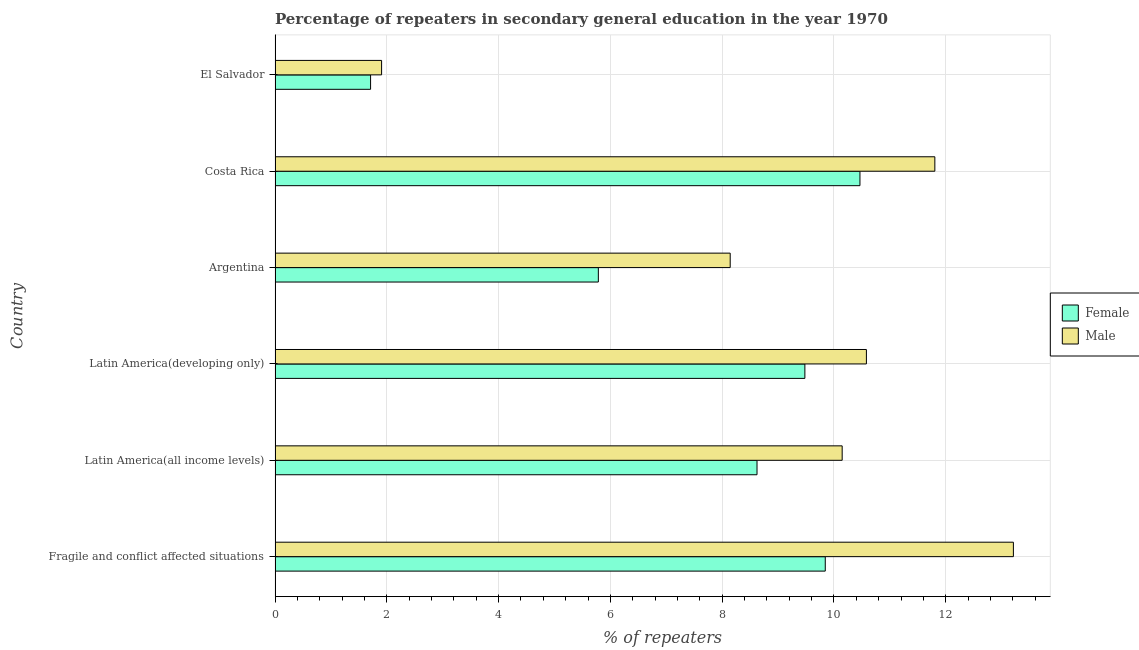
| Country | Female | Male |
 | --- | --- | --- |
 | Fragile and conflict affected situations | 9.84 | 13.2 |
 | Latin America(all income levels) | 8.62 | 10.1 |
 | Latin America(developing only) | 9.48 | 10.6 |
 | Argentina | 5.78 | 8.14 |
 | Costa Rica | 10.5 | 11.8 |
 | El Salvador | 1.71 | 1.91 |